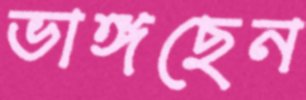
ভাঙ্গছেন